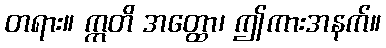
တရား။ ဣတိ အတ္ထော၊ ဤကားအနက်။